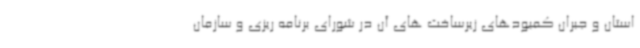
استان و جبران کمبودهای زیرساخت های آن در شورای برنامه ریزی و سازمان